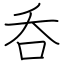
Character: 呑